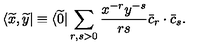
\langle \widetilde x , \widetilde y | \equiv \langle \widetilde 0 | \sum _ { r , s > 0 } { \frac { x ^ { - r } y ^ { - s } } { r s } } \bar { c } _ { r } \cdot \bar { c } _ { s } .